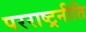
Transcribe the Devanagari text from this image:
परराष्ट्रनीति